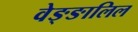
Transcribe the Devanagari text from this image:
वेङ्ङालिल